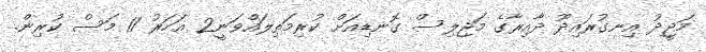
މަޖީދު އިނގުރައިދޫ ދާއިރާގެ މަޖިލިސް ގޮނޑިއަށް ކުރިމަތިލައްވަނީ2 އަހަރު 11 މަސް ކުރިން.